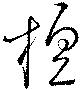
檀